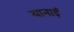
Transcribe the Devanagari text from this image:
यानाई